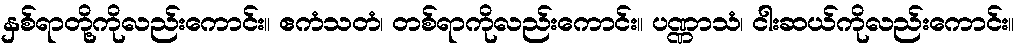
နှစ်ရာတို့ကိုလည်းကောင်း။ ဧကံသတံ၊ တစ်ရာကိုလည်းကောင်း။ ပဏ္ဏာသံ၊ ငါးဆယ်ကိုလည်းကောင်း။